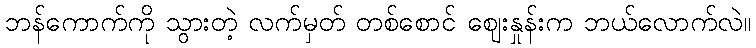
ဘန်ကောက်ကို သွားတဲ့ လက်မှတ် တစ်စောင် ဈေးနှုန်းက ဘယ်လောက်လဲ။